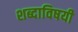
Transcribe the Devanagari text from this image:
शब्दाविषयी